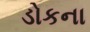
ડોકના